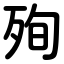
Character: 殉